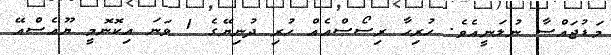
މަޑުޖައްސާ ނުލަނީއެވެ. ހުރިހާ ރިސޯސްއެއް ހުރި ދުނިޔޭގެ 1 ވަނަ އިކޮނޮމީ ޔޫއެސްއޭ